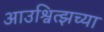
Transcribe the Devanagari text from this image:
आउश्वित्झच्या